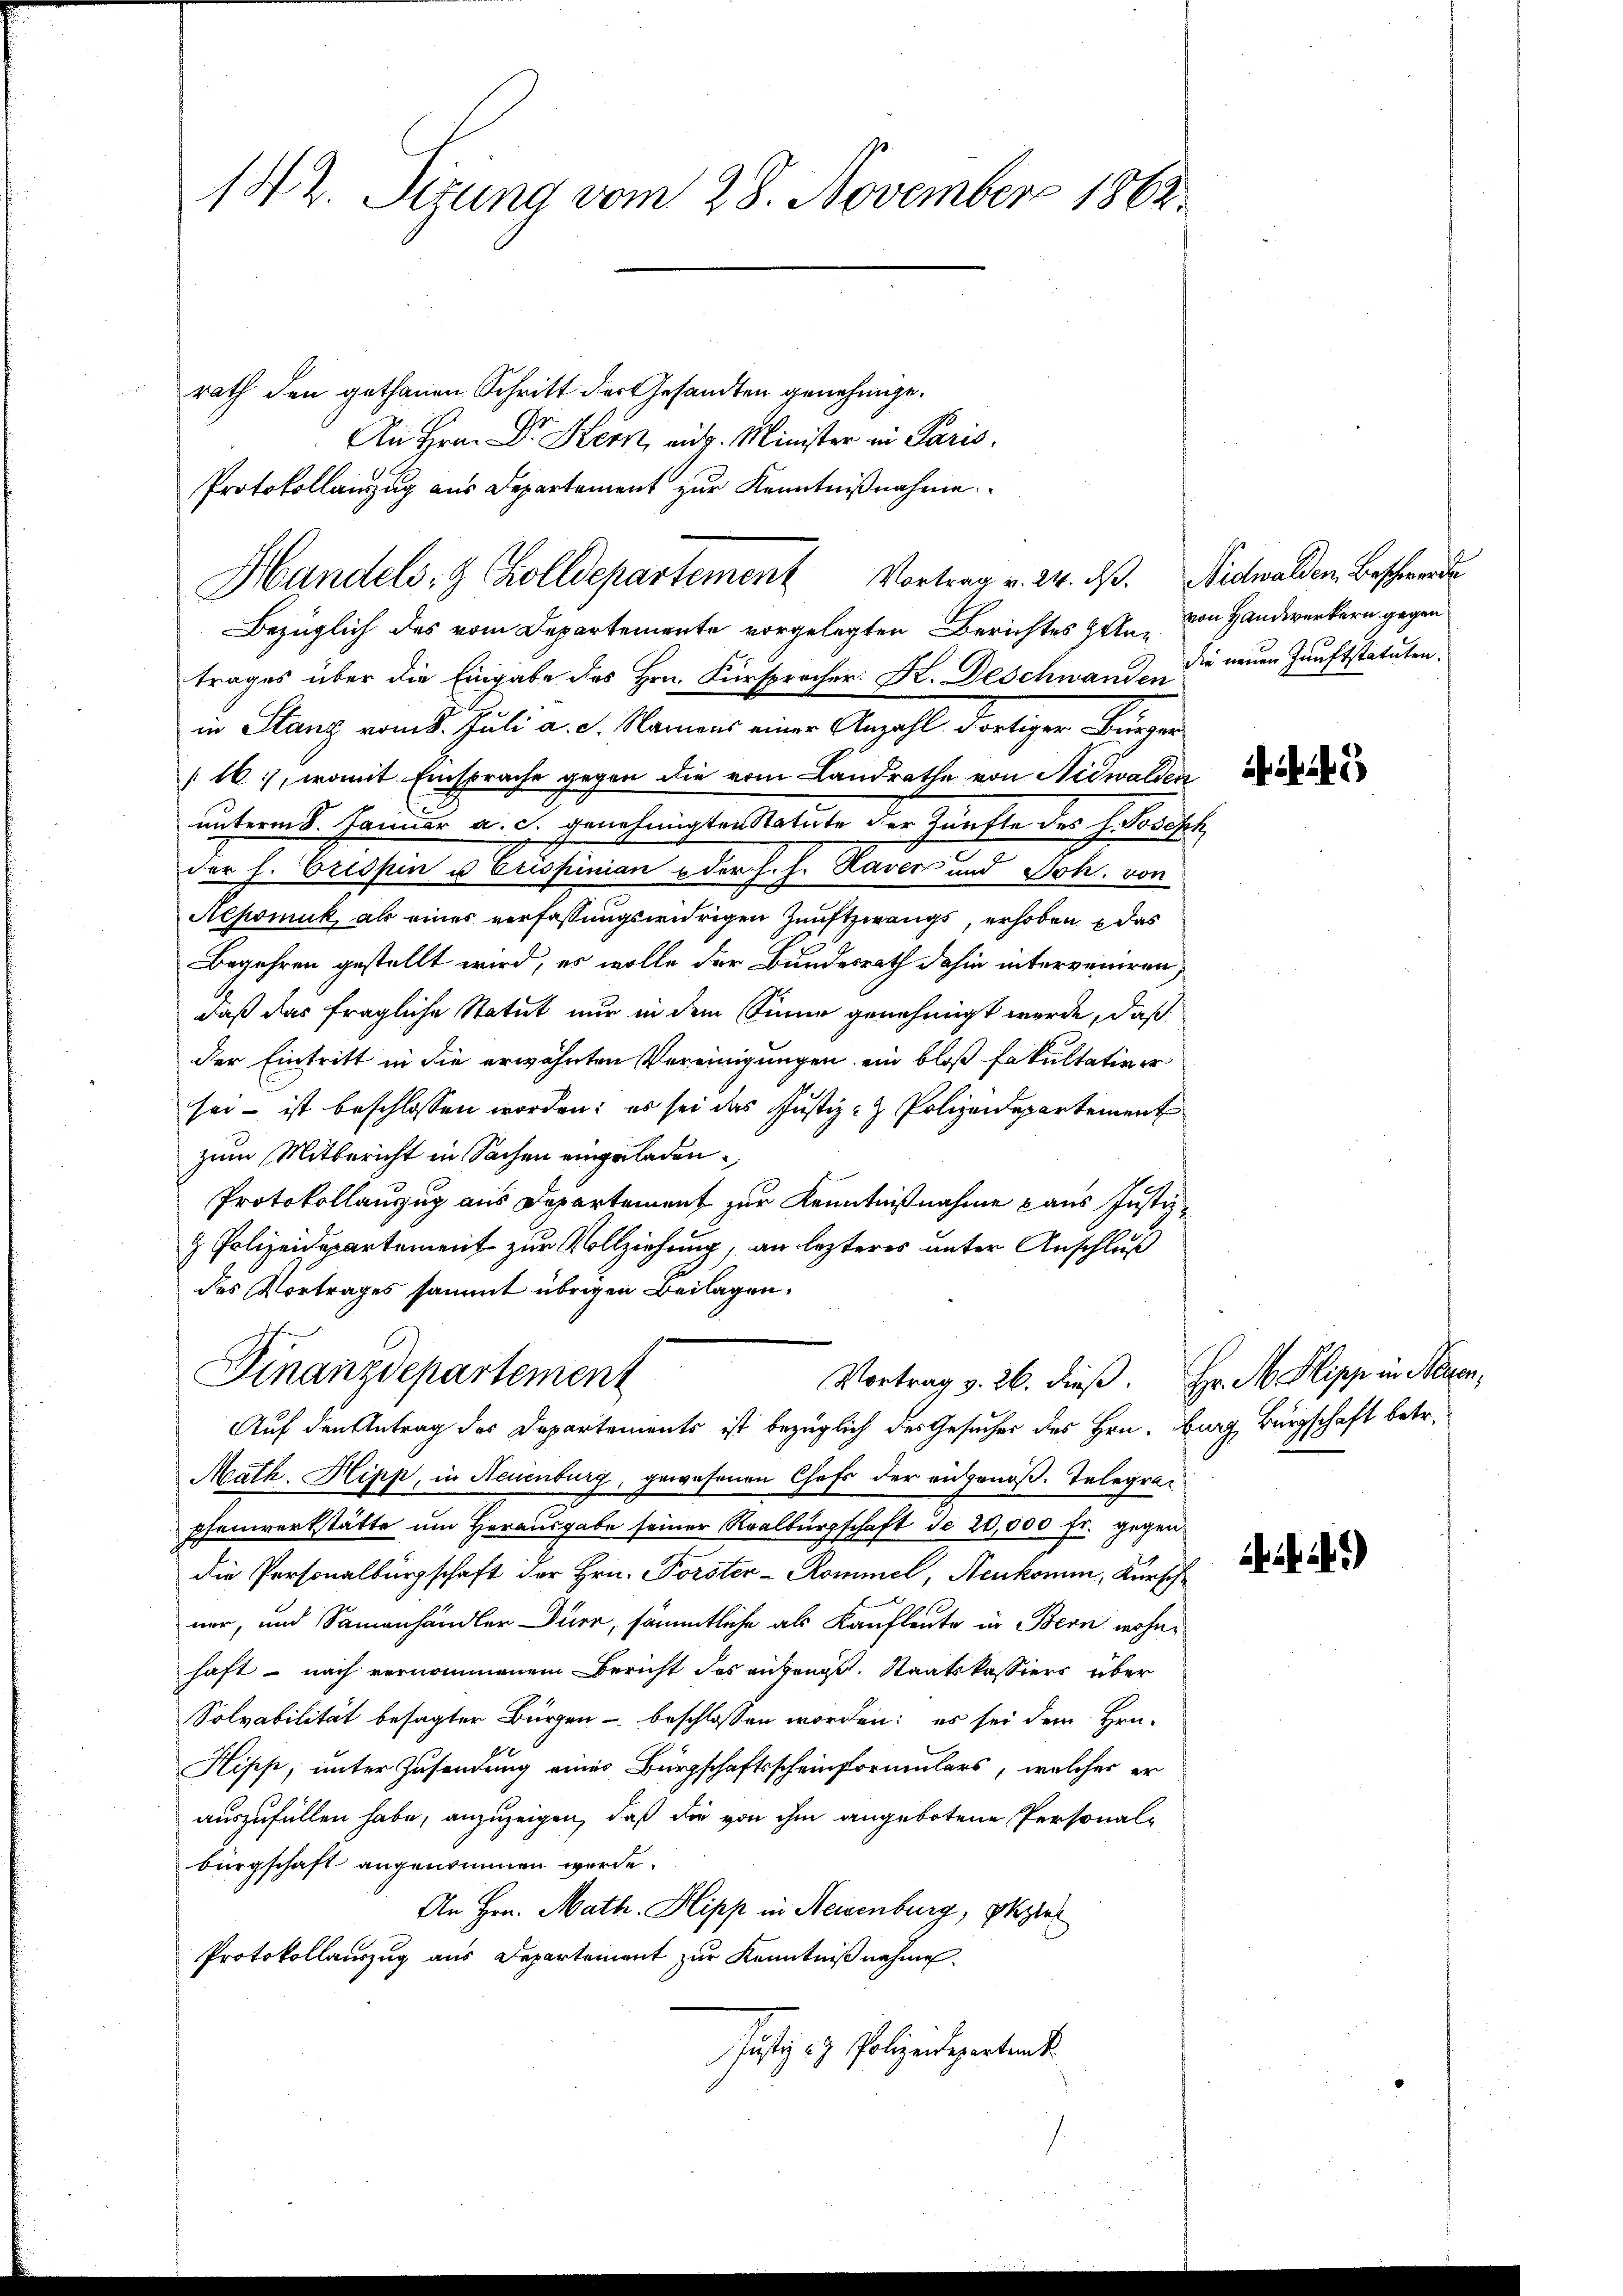
142. Sitzung vom 28. November 1862.

rath den gethanen Schritt der Gesandten genehmige.
Bezüglich des vom Departemente vorgelegten Berichtes Helen
trages über die Eingabe des Hrn. Fürsprecher: K. Deschwand die neuen Hauptstatuten.
in Stanz vom 5. Juli a. g. Namens einer Anzahl dortiger Bürger
16), womit Einsprache gegen die vom Landrathe von Nidwalden
unterm 8. Januar a. c. genehmigten Statute der Zünfte des H. Joseph
der h. Orespin u Erspinian oder s. f. Haver und Joh. von
Nepomuk als eines verfassungswidrigen Zunftzwangs, erhoben das
Begehren gestellt wird, es wolle der Bundesrath dahin interveriren
daß das fragliche Statut nur in dem Sinne genehmigt werde, daß
der Eintritt in die erwähnten Vereinigungen ein bloß Fakultativer
sei- ist beschlossen worden; es sei das Justiz- & Polizeidepartement
zum Mitbericht in Sachen eingeladen.
Protokollauszug aus Departement zur Kenntnißnahme aus Justiz-
& Polizeidepartement zur Vollziehung, an lezteres unter Anschluß
des Vortrages sammt übrigen Beilagen.
Finanzdepartement
Vortrag v. 26. dieß. Hr. M Slipp in Neuen,
Auf den Antrag des Departements ist bezüglich des Gesucher des Hrn. Burg, Bürgschaft betr.
Math. Hipp, in Neuenburg, gewesenen Chefs der eidgenöß. Telegrapfenwerkstätte um Herausgabe seiner Realbürgschaft do 20,000 fr. gegen
die Personalbürgschaft der Hrn. Forster-Kommel, Neukomm, Kürsch
ner, und Sammenhändler Dürr, sämmtliche als Kaufleute in Bern wohnhaft - nach vernommenem Bericht des angens. Staatskassiers über
Solvabilität besagter Bürgen - beschlossen worden: es sei dem Hrn.
Hipp, unter Zusendung eines Bürgschaftsscheinformulars, welcher er
auszufüllen habe, anzuzeigen, daß die von ihm angebotene Personali
bürgschaft angenommen werde.
An Hrn. Math. Hipp in Neuenburg, Spiel
Protokollauszug aus Departement zur Kenntniß nahme.
Justiz- & Polizendeparten

An Hrn. Dr. Kern, eidg. Minister in Paris
Protokollanzug aus Departement zur Kenntnißnahme
Handels- & Zolldepartement Vortrag v. 24. ds. Nidwalden Beschwerde

von Handwerkern gegen